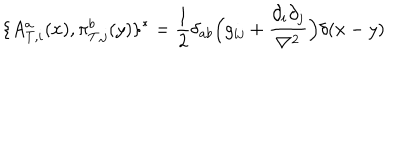
LaTeX: \{ A _ { T , i } ^ { a } ( x ) , \pi _ { T , j } ^ { b } ( y ) \} ^ { * } = \frac { 1 } { 2 } \delta _ { a b } \Big ( g _ { i j } + \frac { \partial _ { i } \partial _ { j } } { \bf \nabla ^ { 2 } } \Big ) \delta ( x - y )